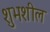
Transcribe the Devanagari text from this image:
शुभशील